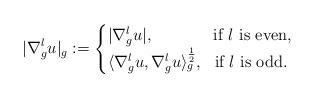
LaTeX: \begin{align*} |\nabla^l_g u|_g := \begin{cases} |\nabla^l_g u|, \ \ \ \ \ \ \ \ \ \ \ \mbox{if $l$ is even}, \\ \langle \nabla^l_g u, \nabla^l_g u \rangle^{\frac{1}{2}}_g ,\ \ \mbox{if $l$ is odd}. \end{cases}\end{align*}